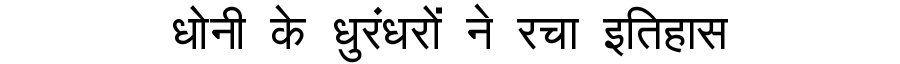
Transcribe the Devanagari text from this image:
धोनी के धुरंधरों ने रचा इतिहास